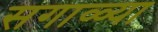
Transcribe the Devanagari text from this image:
सगाळ्या